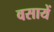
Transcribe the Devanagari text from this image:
वसायें